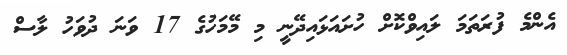
އެންމެ ފުރަތަމަ ލައިވްކޮށް ހުށައަޅައިދޭނީ މި މޭމަހުގެ 17 ވަނަ ދުވަހު ލާސް